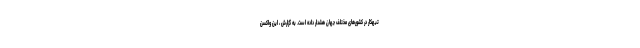
تبهکار در کشورهای مختلف جهان هشدار داده است. به گزارش ، این واکسن